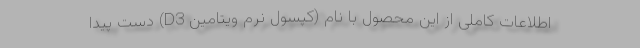
اطلاعات کاملی از این محصول با نام (کپسول نرم ویتامین D3) دست پیدا